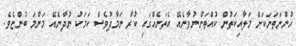
ހުންނަތަނަކަށް މަލާއިކަތުން ކުއްތަންނުވާނެއޭ އެތަނެއްގައި ކުރާ ނަމާދުވެސް ކަމަކު ނުދާނެއޭ މަންމަ ބުންޏެވެ.